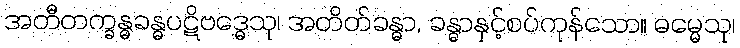
အတီတက္ခန္ဓခန္ဓပဋိဗဒ္ဓေသု၊ အတိတ်ခန္ဓာ, ခန္ဓာနှင့်စပ်ကုန်သော။ ဓမ္မေသု၊